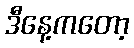
ဒီနေ့ကတော့